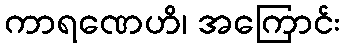
ကာရဏေဟိ၊ အကြောင်း